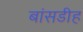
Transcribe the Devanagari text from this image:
बांसडीह